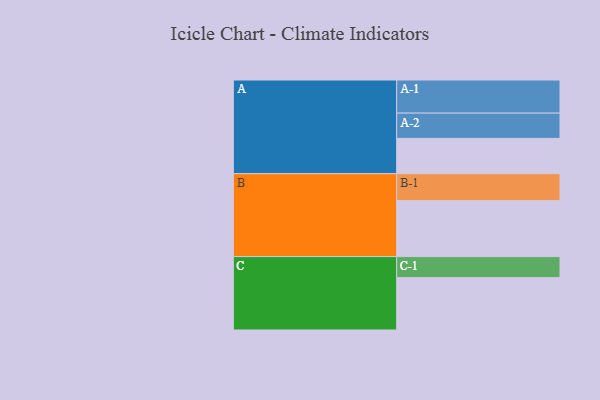
{"axis": {"x": "Segment", "y": "Value"}, "legend": ["", "A", "B", "C"], "data": [{"x": "A", "y": 310, "type": ""}, {"x": "B", "y": 492, "type": ""}, {"x": "C", "y": 460, "type": ""}, {"x": "A-1", "y": 291, "type": "A"}, {"x": "A-2", "y": 222, "type": "A"}, {"x": "B-1", "y": 237, "type": "B"}, {"x": "C-1", "y": 185, "type": "C"}]}